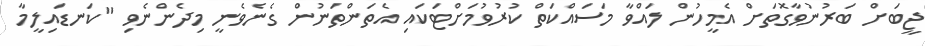
ޖީބަށް ބަރުނުވާގޮތަށް އެމީހުން ލައްވާ މަސައްކަތް ކުރުވުމަށްޓަކައި އެތަންތަނުން ގެނެވެނީ މިދެންނެވި "ކަނޑައިލީމާ